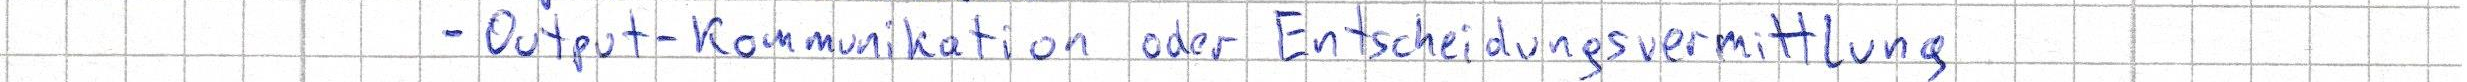
- Output-Kommunikation oder Entscheidungsvermittlung